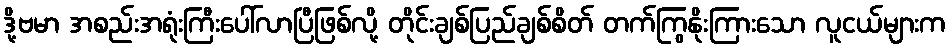
ဒို့ဗမာ အစည်းအရုံးကြီးပေါ်လာပြီဖြစ်လို့ တိုင်းချစ်ပြည်ချစ်စိတ် တက်ကြွနိုးကြားသော လူငယ်များက